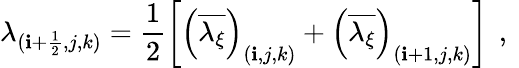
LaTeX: \lambda_{(\mathbf{i}+\frac{{1}}{{2}},j,k)}=\frac{{1}}{{2}}\left[\left(\overline{{{\lambda_{\xi}}}}\right)_{(\mathbf{i},j,k)}+\left(\overline{{{\lambda_{\xi}}}}\right)_{(\mathbf{i}+1,j,k)}\right]\, \mathrm{{~,~}}